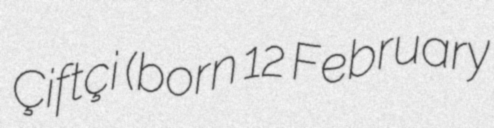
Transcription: Çiftçi (born 12 February